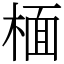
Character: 㮌